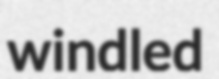
windled